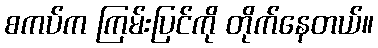
စကပ်က ကြမ်းပြင်ကို တိုက်နေတယ်။